Regulations for the medical services of the Army of India
Year: 1930
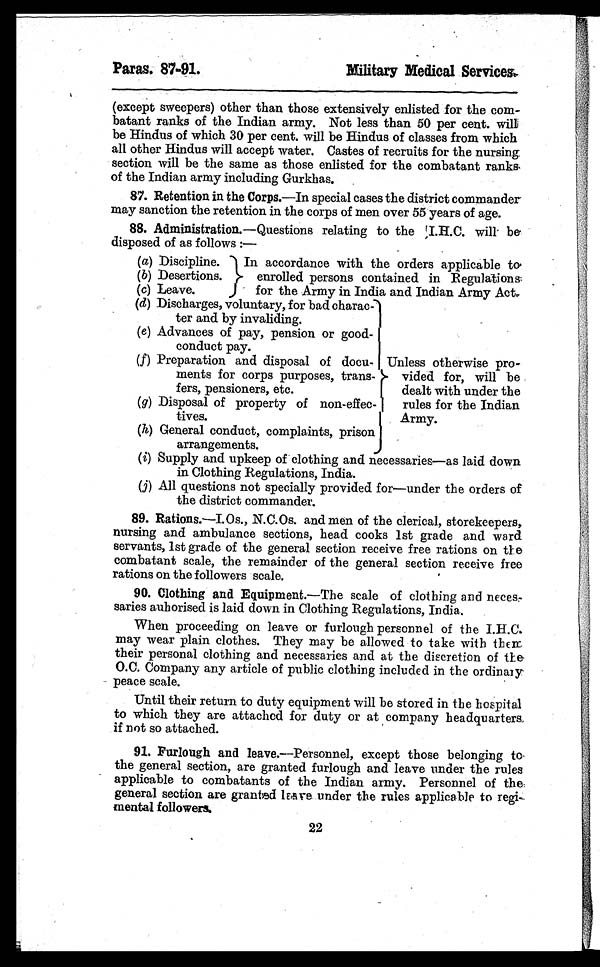
Paras. 87-91.
Military Medical Services.
(except sweepers) other than those extensively enlisted for the com-
batant ranks of the Indian army. Not less than 50 per cent. will
be Hindus of which 30 per cent. will be Hindus of classes from which
all other Hindus will accept water. Castes of recruits for the nursing
section will be the same as those enlisted for the combatant ranks
of the Indian army including Gurkhas.
87. Retention in the Corps.— In special cases the district commander
may sanction the retention in the corps of men over 55 years of age.
88. Administration.— Questions relating to the I.H.C. will be
disposed of as follows :—
(a) Discipline.
In accordance with the orders applicable to
enrolled persons contained in Regulations
for the Army in India and Indian Army Act.
(b) Desertions.
(c) Leave.
(d) Discharges, voluntary, for bad charac-
ter and by invaliding.
Unless otherwise pro-
vided for, will be
dealt with under the
rules for the Indian
Army.
(e) Advances of pay, pension or good-
conduct pay.
(f) Preparation and disposal of docu-
ments for corps purposes, trans-
fers, pensioners, etc.
( g) Disposal of property of non-effec-
tives.
(h) General conduct, complaints, prison
arrangements.
(i) Supply and upkeep of clothing and necessaries—as laid down
in Clothing Regulations, India.
(j) All questions not specially provided for—under the orders of
the district commander.
89. Rations.—I. Os., N.C.Os. and men of the clerical, storekeepers,
nursing and ambulance sections, head cooks 1st grade and ward
servants, 1st grade of the general section receive free rations on the
combatant scale, the remainder of the general section receive free
rations on the followers scale.
90. Clothing and Equipment.— The scale of clothing and neces-
saries auhorised is laid down in Clothing Regulations, India.
When proceeding on leave or furlough personnel of the I.H.C.
may wear plain clothes. They may be allowed to take with them
their personal clothing and necessaries and at the discretion of the
O.C. Company any article of public clothing included in the ordinary
peace scale.
Until their return to duty equipment will be stored in the hospital
to which they are attached for duty or at company headquarters
if not so attached.
91. Furlough and leave.—Personnel, except those belonging to
the general section, are granted furlough and leave under the rules
applicable to combatants of the Indian army. Personnel of the
general section are granted leave under the rules applicable to regi-
mental followers.
22